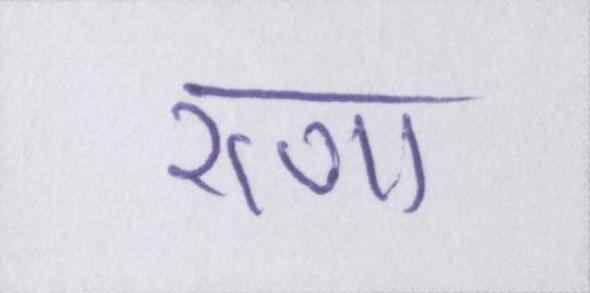
राणा